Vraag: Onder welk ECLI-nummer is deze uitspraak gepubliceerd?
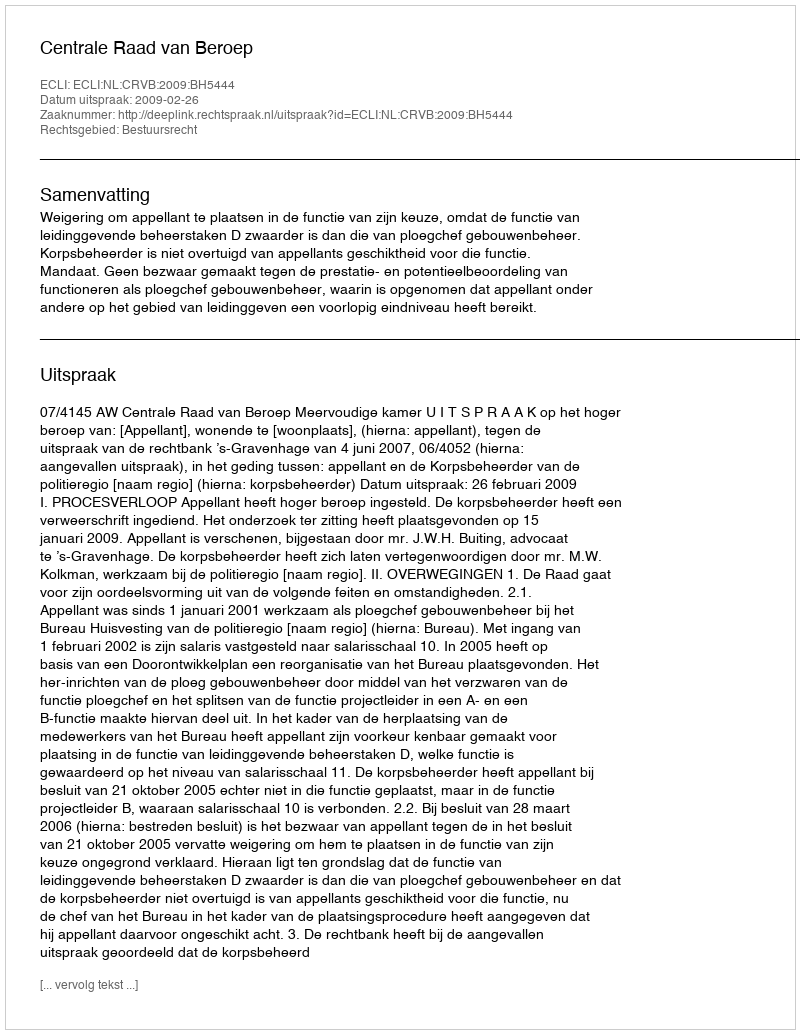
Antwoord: ECLI:NL:CRVB:2009:BH5444